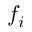
f _ { i }